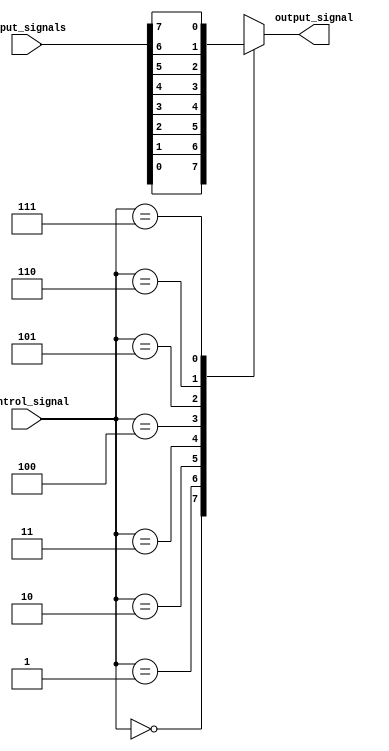
module IO_Buffer (
    input wire [7:0] input_signals,
    input wire [2:0] control_signal,
    output reg output_signal
);

always @ (control_signal or input_signals)
begin
    case (control_signal)
        3'b000: output_signal = input_signals[0];
        3'b001: output_signal = input_signals[1];
        3'b010: output_signal = input_signals[2];
        3'b011: output_signal = input_signals[3];
        3'b100: output_signal = input_signals[4];
        3'b101: output_signal = input_signals[5];
        3'b110: output_signal = input_signals[6];
        3'b111: output_signal = input_signals[7];
    endcase
end

endmodule